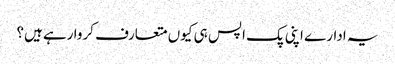
یہ ادارے اپنی پک اپس ہی کیوں متعارف کروا رہے ہیں؟